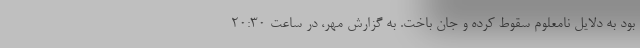
بود به دلایل نامعلوم سقوط کرده و جان باخت. به گزارش مهر، در ساعت ۲۰:۳۰